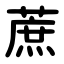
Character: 蔗